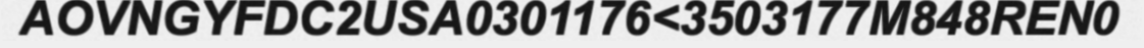
AOVNGYFDC2USA0301176<3503177M848REN0